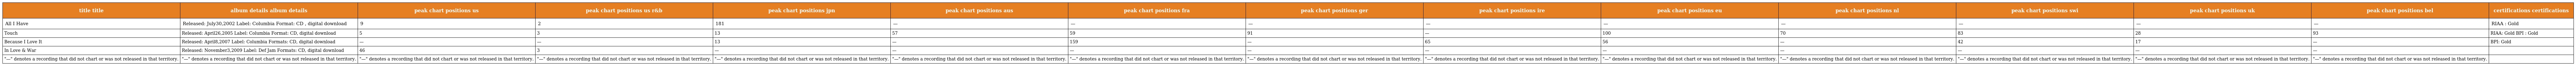
| title title | album details album details | peak chart positions us | peak chart positions us r&b | peak chart positions jpn | peak chart positions aus | peak chart positions fra | peak chart positions ger | peak chart positions ire | peak chart positions eu | peak chart positions nl | peak chart positions swi | peak chart positions uk | peak chart positions bel | certifications certifications |
 | --- | --- | --- | --- | --- | --- | --- | --- | --- | --- | --- | --- | --- | --- | --- |
 | All I Have | Released: July30,2002 Label: Columbia Format: CD , digital download | 9 | 2 | 181 | — | — | — | — | — | — | — | — | — | RIAA : Gold |
 | Touch | Released: April26,2005 Label: Columbia Format: CD, digital download | 5 | 3 | 13 | 57 | 59 | 91 | — | 100 | 70 | 83 | 28 | 93 | RIAA: Gold BPI : Gold |
 | Because I Love It | Released: April8,2007 Label: Columbia Formats: CD, digital download | — | — | 13 | — | 159 | — | 65 | 56 | — | 42 | 17 | — | BPI: Gold |
 | In Love & War | Released: November3,2009 Label: Def Jam Formats: CD, digital download | 46 | 3 | — | — | — | — | — | — | — | — | — | — |  |
 | "—" denotes a recording that did not chart or was not released in that territory. | "—" denotes a recording that did not chart or was not released in that territory. | "—" denotes a recording that did not chart or was not released in that territory. | "—" denotes a recording that did not chart or was not released in that territory. | "—" denotes a recording that did not chart or was not released in that territory. | "—" denotes a recording that did not chart or was not released in that territory. | "—" denotes a recording that did not chart or was not released in that territory. | "—" denotes a recording that did not chart or was not released in that territory. | "—" denotes a recording that did not chart or was not released in that territory. | "—" denotes a recording that did not chart or was not released in that territory. | "—" denotes a recording that did not chart or was not released in that territory. | "—" denotes a recording that did not chart or was not released in that territory. | "—" denotes a recording that did not chart or was not released in that territory. | "—" denotes a recording that did not chart or was not released in that territory. |  |